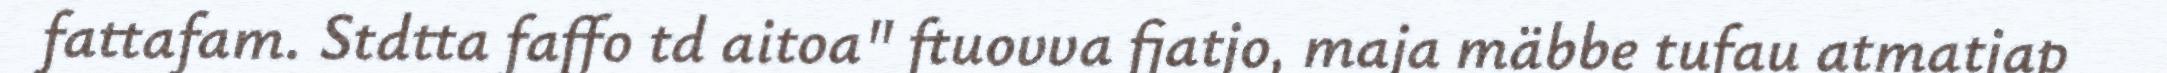
fattafam. Stdtta faffo td aitoa" ftuovva fjatjo, maja mäbbe tufau atmatjap